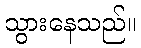
သွားနေသည်။